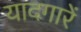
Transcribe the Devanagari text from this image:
यादगारें